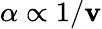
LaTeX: \alpha\propto1/\mathbf{v}